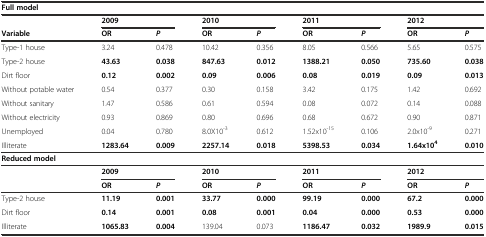
<table><thead><tr><td colspan="9"><b>Full model</b></td></tr><tr><td></td><td colspan="2"><b>2009</b></td><td colspan="2"><b>2010</b></td><td colspan="2"><b>2011</b></td><td colspan="2"><b>2012</b></td></tr><tr><td><b>Variable</b></td><td><b>OR</b></td><td><b><i>P</i></b></td><td><b>OR</b></td><td><b><i>P</i></b></td><td><b>OR</b></td><td><b><i>P</i></b></td><td><b>OR</b></td><td><b><i>P</i></b></td></tr></thead><tbody><tr><td>Type-1 house</td><td>3.24</td><td>0.478</td><td>10.42</td><td>0.356</td><td>8.05</td><td>0.566</td><td>5.65</td><td>0.575</td></tr><tr><td>Type-2 house</td><td><b>43.63</b></td><td><b>0.038</b></td><td><b>847.63</b></td><td><b>0.012</b></td><td><b>1388.21</b></td><td><b>0.050</b></td><td><b>735.60</b></td><td><b>0.038</b></td></tr><tr><td>Dirt floor</td><td><b>0.12</b></td><td><b>0.002</b></td><td><b>0.09</b></td><td><b>0.006</b></td><td><b>0.08</b></td><td><b>0.019</b></td><td><b>0.09</b></td><td><b>0.013</b></td></tr><tr><td>Without potable water</td><td>0.54</td><td>0.377</td><td>0.30</td><td>0.158</td><td>3.42</td><td>0.175</td><td>1.42</td><td>0.692</td></tr><tr><td>Without sanitary</td><td>1.47</td><td>0.586</td><td>0.61</td><td>0.594</td><td>0.08</td><td>0.072</td><td>0.14</td><td>0.088</td></tr><tr><td>Without electricity</td><td>0.93</td><td>0.869</td><td>0.80</td><td>0.696</td><td>0.68</td><td>0.672</td><td>0.90</td><td>0.871</td></tr><tr><td>Unemployed</td><td>0.04</td><td>0.780</td><td>8.0X10<sup>-3</sup></td><td>0.612</td><td>1.52x10<sup>-15</sup></td><td>0.106</td><td>2.0x10<sup>-9</sup></td><td>0.271</td></tr><tr><td>Illiterate</td><td><b>1283.64</b></td><td><b>0.009</b></td><td><b>2257.14</b></td><td><b>0.018</b></td><td><b>5398.53</b></td><td><b>0.034</b></td><td><b>1.64x10</b><sup><b>4</b></sup></td><td><b>0.010</b></td></tr><tr><td colspan="9"><b>Reduced model</b></td></tr><tr><td></td><td colspan="2"><b>2009</b></td><td colspan="2"><b>2010</b></td><td colspan="2"><b>2011</b></td><td colspan="2"><b>2012</b></td></tr><tr><td></td><td><b>OR</b></td><td><b><i>P</i></b></td><td><b>OR</b></td><td><b><i>P</i></b></td><td><b>OR</b></td><td><b><i>P</i></b></td><td><b>OR</b></td><td><b><i>P</i></b></td></tr><tr><td>Type-2 house</td><td><b>11.19</b></td><td><b>0.001</b></td><td><b>33.77</b></td><td><b>0.000</b></td><td><b>99.19</b></td><td><b>0.000</b></td><td><b>67.2</b></td><td><b>0.000</b></td></tr><tr><td>Dirt floor</td><td><b>0.14</b></td><td><b>0.001</b></td><td><b>0.08</b></td><td><b>0.001</b></td><td><b>0.04</b></td><td><b>0.000</b></td><td><b>0.53</b></td><td><b>0.000</b></td></tr><tr><td>Illiterate</td><td><b>1065.83</b></td><td><b>0.004</b></td><td>139.04</td><td>0.073</td><td><b>1186.47</b></td><td><b>0.032</b></td><td><b>1989.9</b></td><td><b>0.015</b></td></tr></tbody></table>